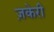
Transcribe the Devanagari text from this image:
ज़केरी